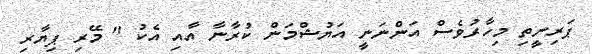
ޕަރިނީތި މިހާރުވެސް އަންނަނީ އަޔުޝްމަން ކުރާނާ އާއި އެކު " މޭރި ޕިޔާރި